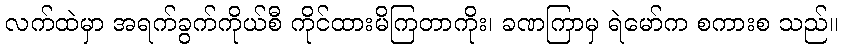
လက်ထဲမှာ အရက်ခွက်ကိုယ်စီ ကိုင်ထားမိကြတာကိုး၊ ခဏကြာမှ ရဲမော်က စကားစ သည်။